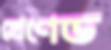
গ্রেণেড